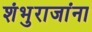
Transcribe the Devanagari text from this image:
शंभुराजांना